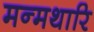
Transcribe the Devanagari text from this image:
मन्मथारि